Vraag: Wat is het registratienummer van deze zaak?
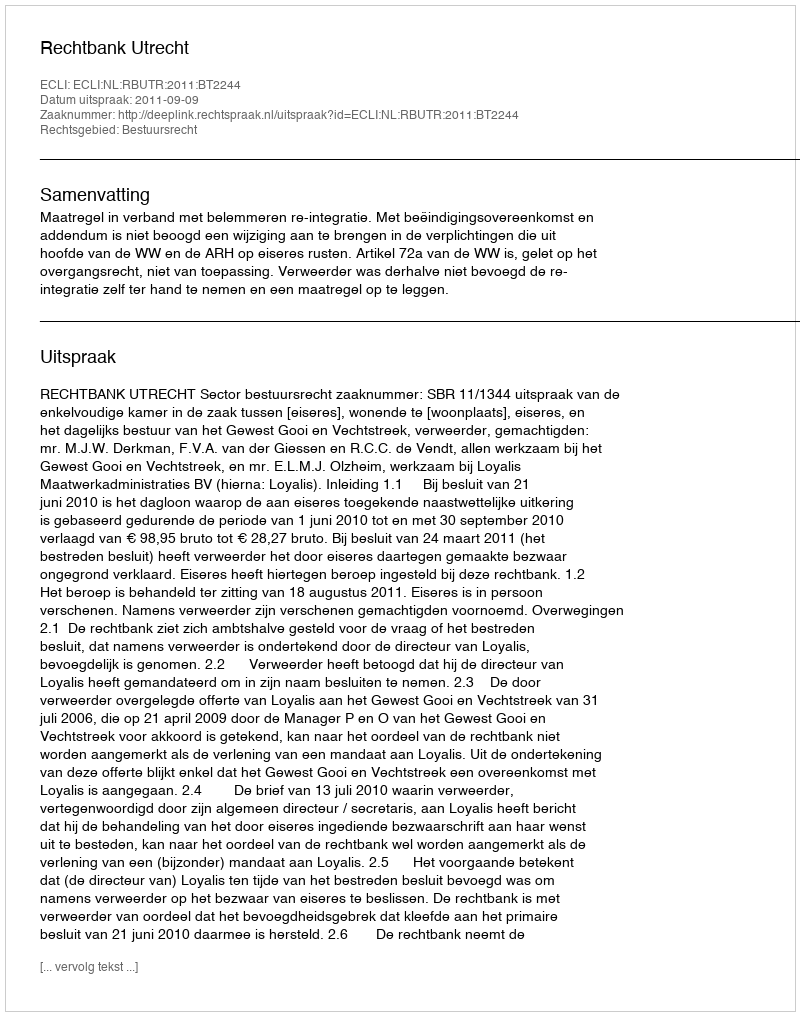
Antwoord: http://deeplink.rechtspraak.nl/uitspraak?id=ECLI:NL:RBUTR:2011:BT2244